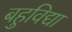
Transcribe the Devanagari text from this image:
बहुविद्या